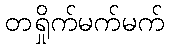
တရှိုက်မက်မက်